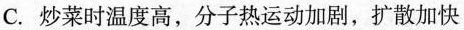
C.炒菜时温度高，分子热运动加剧，扩散加快